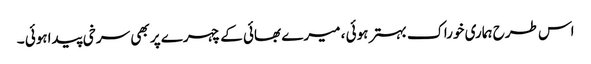
اس طرح ہماری خوراک بہتر ہوئی ، میرے بھائی کے چہرے پر بھی سرخی پیداہوئی ۔